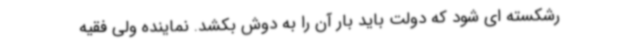
رشکسته ای شود که دولت باید بار آن را به دوش بکشد. نماینده ولی فقیه